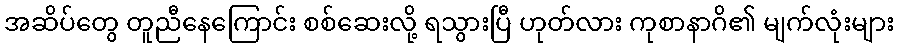
အဆိပ်တွေ တူညီနေကြောင်း စစ်ဆေးလို့ ရသွားပြီ ဟုတ်လား ကုစာနာဂိ၏ မျက်လုံးများ